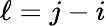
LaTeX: \ell=j-i